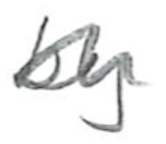
Text: by
Cross-out: mix
Writing tool: pencil